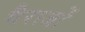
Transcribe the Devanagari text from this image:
गैराजों